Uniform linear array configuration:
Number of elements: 24
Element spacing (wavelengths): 0.25
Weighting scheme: exponential
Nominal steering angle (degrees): -60
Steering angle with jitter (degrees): -59.561
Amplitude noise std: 0.05
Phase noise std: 0.05

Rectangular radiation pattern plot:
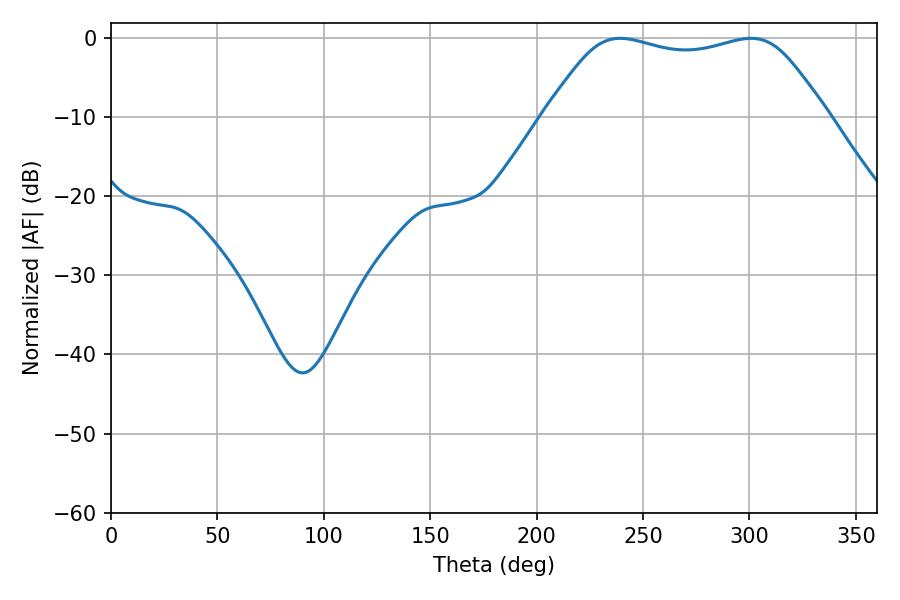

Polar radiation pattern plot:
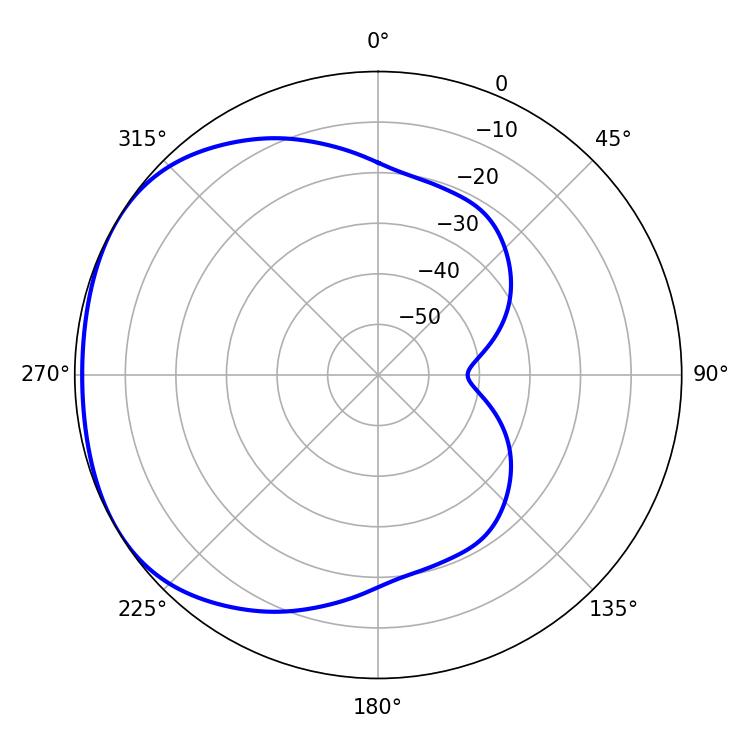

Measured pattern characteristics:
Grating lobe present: FALSE
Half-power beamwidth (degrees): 99.36
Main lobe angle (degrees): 239.22